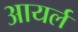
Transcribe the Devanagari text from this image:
आयर्ल